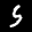
Label: 5